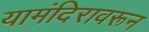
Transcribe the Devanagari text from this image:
यामंदिरावरून